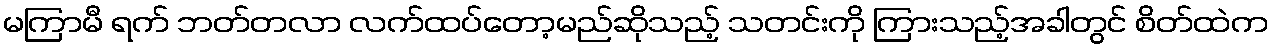
မကြာမီ ရက် ဘတ်တလာ လက်ထပ်တော့မည်ဆိုသည့် သတင်းကို ကြားသည့်အခါတွင် စိတ်ထဲက